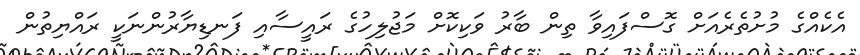
އެކެއްގެ މުށުތެރެއަށް ގޮސްފައިވާ ތިން ބާރު ވަކިކޮށް މަޖުލިހުގެ ރައީސާއި ފަނޑިޔާރުންނަކީ ރައްޔިތުން